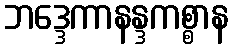
ဘဒ္ဒေကာနန္ဒကစ္စာန